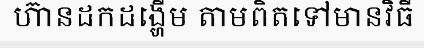
ហ៊ានដកដង្ហើម តាមពិតទៅមានវិធី